Veterinary regulations India, 1935 -
Year: 1935
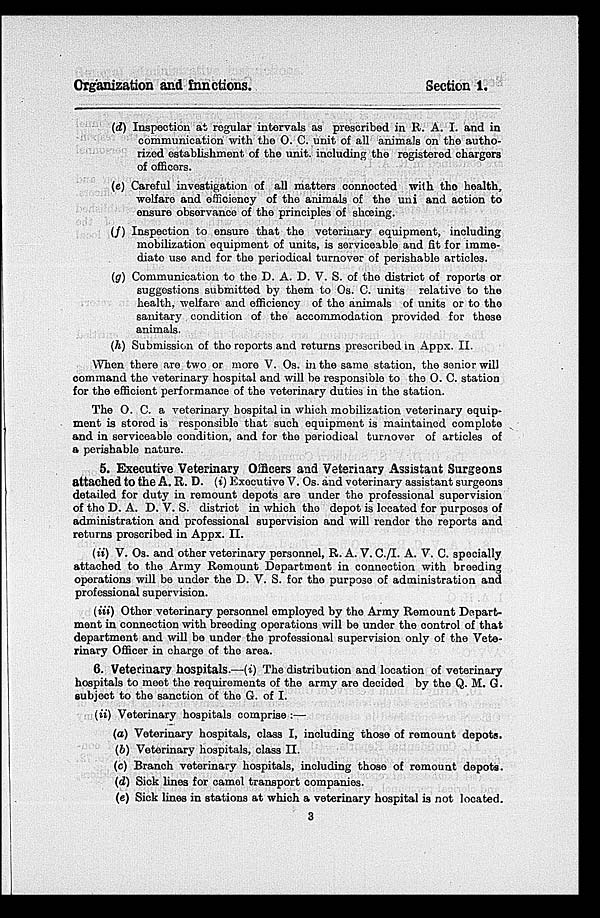
Organization and functions.
Section 1.
(d) Inspection at regular intervals as prescribed in R. A. I. and in
communication with the O. C. unit of all animals on the autho-
rized establishment of the unit, including the registered chargers
of officers.
(e) Careful investigation of all matters connected with the health,
welfare and efficiency of the animals of the uni and action to
ensure observance of the principles of shœing.
(f) Inspection to ensure that the veterinary equipment, including
mobilization equipment of units, is serviceable and fit for imme-
diate use and for the periodical turnover of perishable articles.
(g) Communication to the D. A. D. V. S. of the district of reports or
suggestions submitted by them to Os. C. units relative to the
health, welfare and efficiency of the animals of units or to the
sanitary condition of the accommodation provided for these
animals.
(h) Submission of the reports and returns prescribed in Appx. II.
When there are two or more V. Os. in the same station, the senior will
command the veterinary hospital and will be responsible to the O. C. station
for the officient performance of the veterinary duties in the station.
The O. C. a veterinary hospital in which mobilization veterinary equip-
ment is stored is responsible that such equipment is maintained complete
and in serviceable condition, and for the periodical turnover of articles of
a perishable nature.
5. Executive Veterinary Officers and Veterinary Assistant Surgeons
attached to the A. R. D. (i) Executive V. Os. and voterinary assistant surgeons
detailed for duty in remount depots are under the professional supervision
of the D. A. D. V. S. district in which the depot is located for purposes of
administration and professional supervision and will render the reports and
returns proscribed in Appx. II.
(ii) V. Os. and other veterinary personnel, R. A. V. C./I. A. V. C. specially
attached to the Army Remount Department in connection with brooding
operations will be under the D. V. S. for the purpose of administration and
professional supervision.
(iii) Other veterinary personnel employed by the Army Remount Depart-
ment in connection with breeding operations will be under the control of that
department and will be under the professional supervision only of the Vete-
rinary Officer in charge of the area.
6. Veterinary hospitals.—(i) The distribution and location of veterinary
hospitals to moot the requirements of the army are decided by the Q. M. G.
subject to the sanction of the G. of I.
(ii) Veterinary hospitals comprise :—
(a) Veterinary hospitals, class I, including those of remount depots.
(b) Veterinary hospitals, class II.
(c) Branch voterinary hospitals, including those of remount depots.
(d) Sick lines for camel transport companies.
(e) Sick lines in stations at which a veterinary hospital is not located.
3